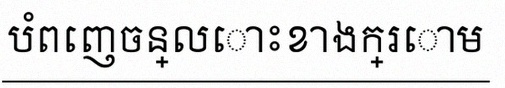
បំពេញចន្លោះខាងក្រោម